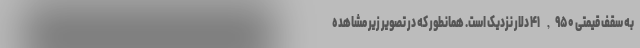
به سقف قیمتی ۴۱,۹۵۰ دلار نزدیک است. همانطور که در تصویر زیر مشاهده